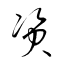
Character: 資